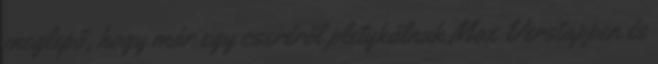
meglepő, hogy már egy cseréről pletykálnak Max Verstappen és